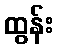
ထွန်း